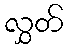
လွှတ်